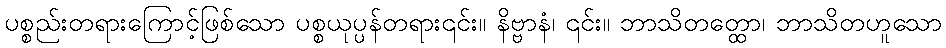
ပစ္စည်းတရားကြောင့်ဖြစ်သော ပစ္စယုပ္ပန်တရား၎င်း။ နိဗ္ဗာနံ၊ ၎င်း။ ဘာသိတတ္ထော၊ ဘာသိတဟူသော